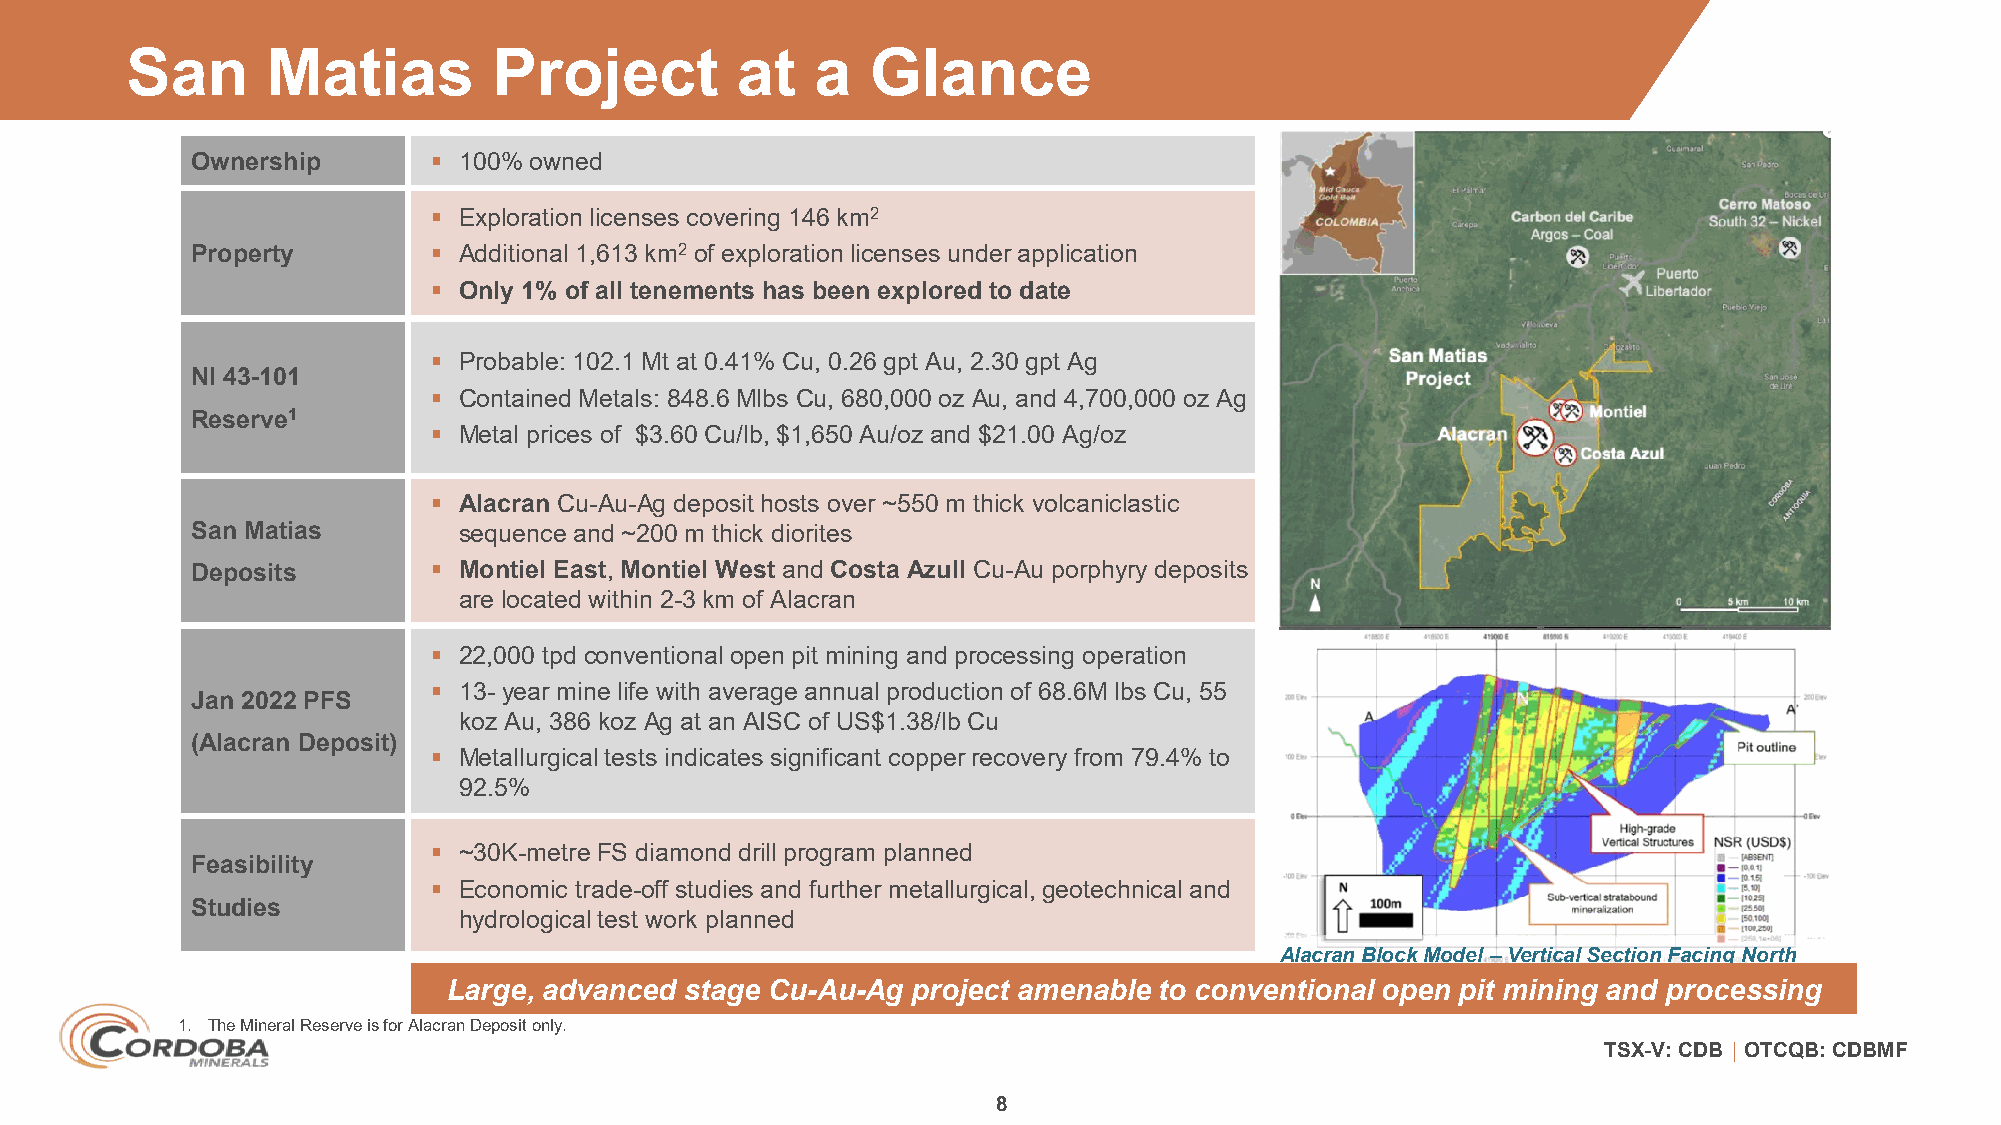
San       Matias         Project         at   a   Glance
 Ownership        100% owned
  Exploration licenses covering 146 km2
 Property         Additional 1,613 km2 of exploration licenses under application
  Only 1% of all tenements has been explored to date
  Probable: 102.1 Mt at 0.41% Cu, 0.26 gpt Au, 2.30 gpt Ag
 NI 43-101
  Contained Metals: 848.6 Mlbs Cu, 680,000 oz Au, and 4,700,000 oz Ag
 Reserve1
  Metal prices of $3.60 Cu/lb, $1,650 Au/oz and $21.00 Ag/oz
  Alacran Cu-Au-Ag deposit hosts over ~550 m thick volcaniclastic
 San Matias       sequence and ~200 m thick diorites
 Deposits         Montiel East, Montiel West and Costa Azull Cu-Au porphyry deposits
 are located within 2-3 km of Alacran
  22,000 tpd conventionalopen pit mining and processing operation
  13- year mine life with average annual production of 68.6M lbs Cu, 55
 Jan 2022 PFS
 koz Au, 386 koz Ag at an AISC of US$1.38/lbCu
 (Alacran Deposit)
  Metallurgical tests indicates significant copperrecovery from 79.4% to
 92.5%
  ~30K-metre FS diamond drill program planned
 Feasibility
  Economic trade-off studies and further metallurgical, geotechnical and
 Studies
 hydrological test work planned
 Alacran Block Model –Vertical Section Facing North
 Large, advanced stage Cu-Au-Ag project amenable to conventional open pit mining and processing
 1. The Mineral Reserve is for Alacran Deposit only.
 TSX-V: CDB │ OTCQB: CDBMF
 8